Report on horse surra - Volume I
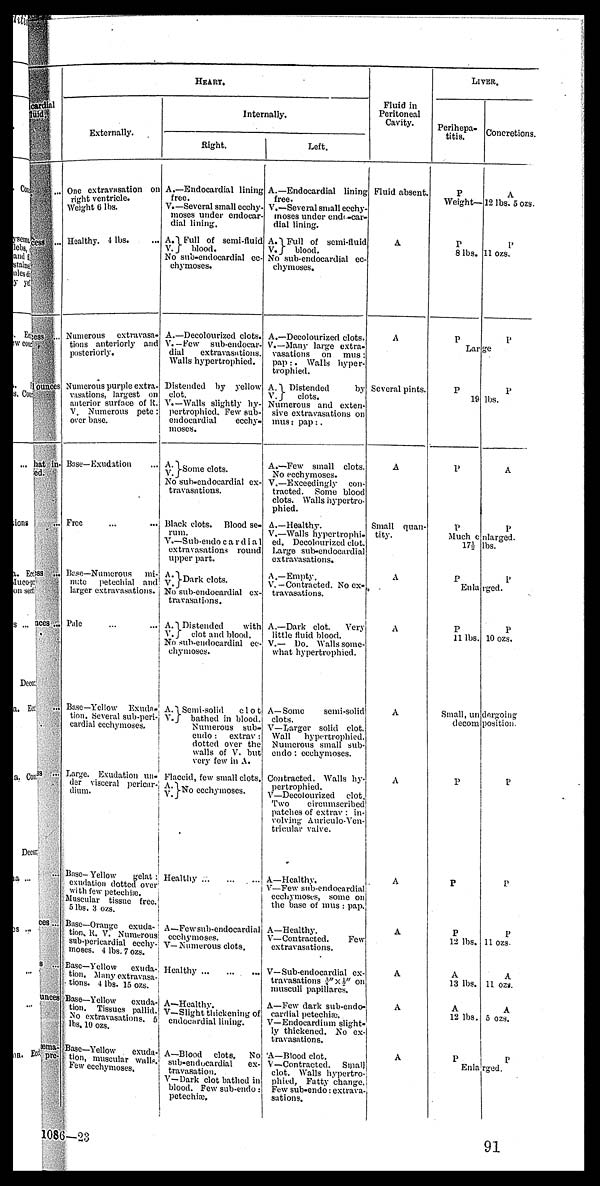
cardial
fluid.
...
cess
...
cess
...
lounces
hat in
fed.
..
Eccess
..
ect.
aces ...
Ex ...
Corss . . .
..
ces ...
..
8 ...
..
unces
...
æma-
Ecc pre-
HEART.
Externally.
One extravasation on
right ventricle.
Weight 6 lbs.
Healthy. 4 lbs. ...
Numerous
extravasa-
tions anteriorly and
posteriorly.
Numerous purple extra-
vasations, largest on
anterior surface of It.
V. Numerous pete:
over base.
Base—Exudation ...
Free
... ...
Base—Numerous
mi-
nute
petechial and
larger extravasations.
Pale ... ...
Base—Yellow Exudn-
tion. Several sub-peri-
cardial ecchymoses.
Large. Exudation un-
der visceral pericnr-
dium.
Base-Yellow
gelat
exudation dotted over
with few petechiæ.
Muscular tissue freo.
5 lbs. 3 ozs.
Base—Orange exuda-
tionv R. V. Nuraerou
sub-pericardial ecchy-
moses. 4 lbs. 7 ozs.
Base-Yellow
exuda
won. Many extravasa
turns. 4 lbs. 15 ozs.
Base—Yellow oxuda-
tion. Tissues pallid.
No extravasations,5
lbs. 10 ozs.
Base—Yellow , exud
Uon, muscular walls.
Few ecchymoses.
Internally.
Bight.
A.—Endocardial lining
free.
V.—Several small ecchy-
moses under endocar-
dial lining.
A. Full of semi-fluid
V. } blood.
No sub-endocardial ec-
chymoses.
A.—Decolourized clots.
V. —Few
sub-endocar-
dial
extravasations.
Walls hypertrophied.
Distended by yellow
clot.
V. -Walls slightly hy-
pertrophied. Few sub-
endocardial
ecchy-
moses.
A.V.}-Some clots.
No suh-endocardial ex-
travasations.
Black clots. Blood se-
rum.
V.—Sub-endo c a r d i al
extravasations round
upper part.
A.
V.}Dark clots.
No sub-endocardial ex
truvasations.
A. Distended
with
V.}
clot and blood.
No sub-endocardial ec-
chymoscs.
A.Semi-solid
clot
V.}
bathed in blood.
Numerous sub-
endo:
extrav
dotted over the
walls of V. but
vory few in A.
Flaccid, few small clots.
A.
V.}No ecchymoses.
Healthy ...
A—Fewsnb-cndocardial
ecchymoses.
V—Numerous clots.
Healthy
...
...
...
A—Healthy.
V— Slight thickening of
endocardial lining.
A—Blood clots, No
sub-endocardial ex-
travasation.
V— Dark clot bathed in
blood. Few sub-endo
petechiæ.
Left.
A.—Endocardial lining
free.
V.—Several small ecchy-
moses under endi-car-
dial lining.
A. Full of semi-fluid
V.}
blood.
No sub-endocardial ec-
chymoses.
A.—Decolourized clots.
V.—Many large extra-
vasations
on
mus:
pap:. Walls hyper-
trophied.
A.
Distended
by
V.}
clots.
Numerous and exten-
sive extravasations on
inus: pap:.
A.—Few small clots.
No ecchymoses.
V.—Exceedingly
con-
tracted. Some blood
clots. Walls hypertro-
phied.
A.—Healthy.
V.—Walls hypertrophi-
ed. Decolourized clot.
Large sub-endocardial
extravasations.
A.—Empty.
V.—Contracted. No ex-
travasations.
A.—Dark clot.
Very
little fluid blood.
V.— Do. Walls some-
what hypertrophied.
A—Some
semi-solid
clots.
V—Larger solid clot
Wall
hypertrophied
Numerous small sub
endo: ecchymoses.
Contracted. Walls hy-
pertrophied.
V—Decolourized
clot
Two
circumscribec
patches of extrav : in
volving Auriculo-Ven
tricular valve.
A—Healthy.
V—Few sub-endocardia
ecchymoses, some on
the base of mus : pap
A—Healthy.
V— Contracted.
Few
extravasations.
.. V—Sub-endocardial ex-
travasations -¾"x½" on
musculi papillares.
A—Few dark sub-end
cardial petechiæ.
V—Endocardium sligh-
ly thickened. No ex-
travosations.
A—Blood clot.
V—Contracted. Small
clot. Walls hypertro-
phied, Fatty change-
Few sub-endo -. extrav
sat ions.
Fluid in
Peritoneal
Cavity.
Fluid absent.
A
A
Several pints.
A
Small quan-
tity.
A
A
A
A
A
A
A
A
A
LIVER.
Perihepa-
titis.
P
Weight—
P
8 lbs.
P
Lar
P
19
P
P
Much c
17½
P
En la
P
11 lbs
Small, un
decom
P
P
P
12 lbs.
A
13 lbs.
A
12 lbs.
P
Enla
Concretion
A
12 lbs. 5 oz
P
11 ozs.
P
ge
P
lbs.
A
P
nlarged.
lbs.
P
rged.
P
. 10 ozs.
dergoing
position.
P
P
P
11 ozs.
A
11 ozs.
A
5 ozs.
P
larged.
1086—23
91